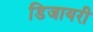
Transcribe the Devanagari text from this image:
डिजायरी